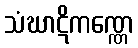
သံဃာဋိကဏ္ဏေ